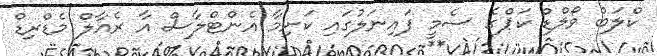
ކްލަބް ވޯލްޑް ކަޕްގެ ސެމީ ފައިނަލުގައި ކަށިމާ އެންޓްލާސް އާ ރެއާލް މެޑްރިޑް